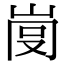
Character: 𡸍